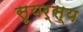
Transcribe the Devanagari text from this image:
सूयर्स्य